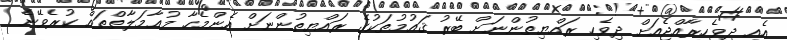
އެއީ ދިވެހިރާއްޖެއަށް ދިވެހި ރައްޔިތުންނަށް ބޭރު ޤައުމުތަކުގެ ރައްޔިތުންނަށް އެންމެހާ މުޢާމަލާތްތައް ކުރެވޭނެ